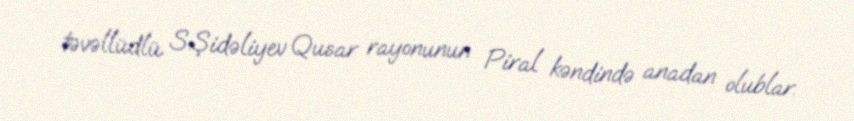
təvəllüdlü S.Şidəliyev Qusar rayonunun Piral kəndində anadan olublar.